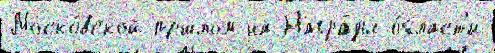
Моско́вской пршлом-на Награ́ды о́бласт'и